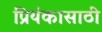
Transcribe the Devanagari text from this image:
प्रियंकासाठी